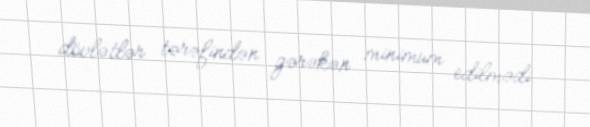
dövlətlər tərəfindən gərəkən minimum edilmədi.